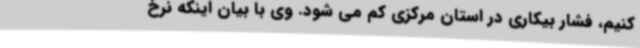
کنیم، فشار بیکاری در استان مرکزی کم می شود. وی با بیان اینکه نرخ